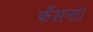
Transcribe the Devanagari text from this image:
फँसना।